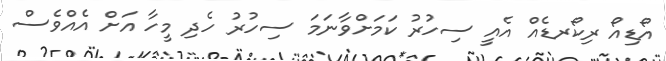
އޯޑިއޯ ރިކޯރޑެއް އެއީ ސިހުރު ކަމަށްވާނަމަ ސިހުރު ހެދި މީހާ އަށް އެއްވެސް